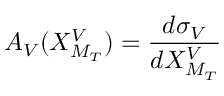
A _ { V } ( X _ { M _ { T } } ^ { V } ) = { \frac { d \sigma _ { V } } { d X _ { M _ { T } } ^ { V } } }